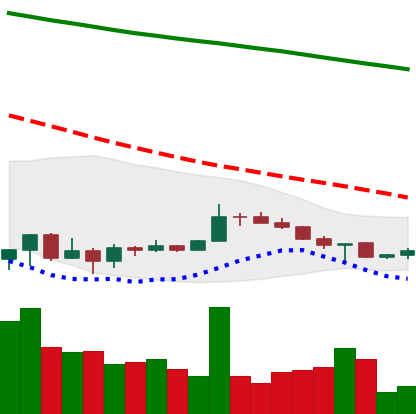
Ticker: XRP-USD
Chart end date: 2022-07-03
Forward return: 6.194%
Label: up_5_7